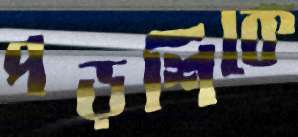
পড়শিকে